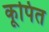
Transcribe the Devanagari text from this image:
कूपित